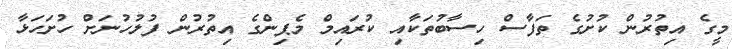
މީގެ އިތުރުން ކުށުގެ ތަފާސް ހިސާބުތަކާއި ކުރައިމް މެޕިންގެ އިތުރުން ފުލުހުނަށް ހުށަހަޅާ